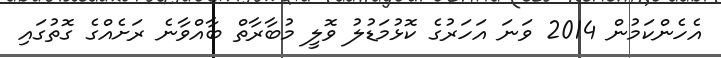
އެހެންކަމުން 2014 ވަނަ އަހަރުގެ ކޮޅުމަޑުލު ވޮލީ މުބާރާތް ބާއްވާނެ ރަށެއްގެ ގޮތުގައި